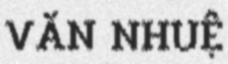
VĂN NHUỆ